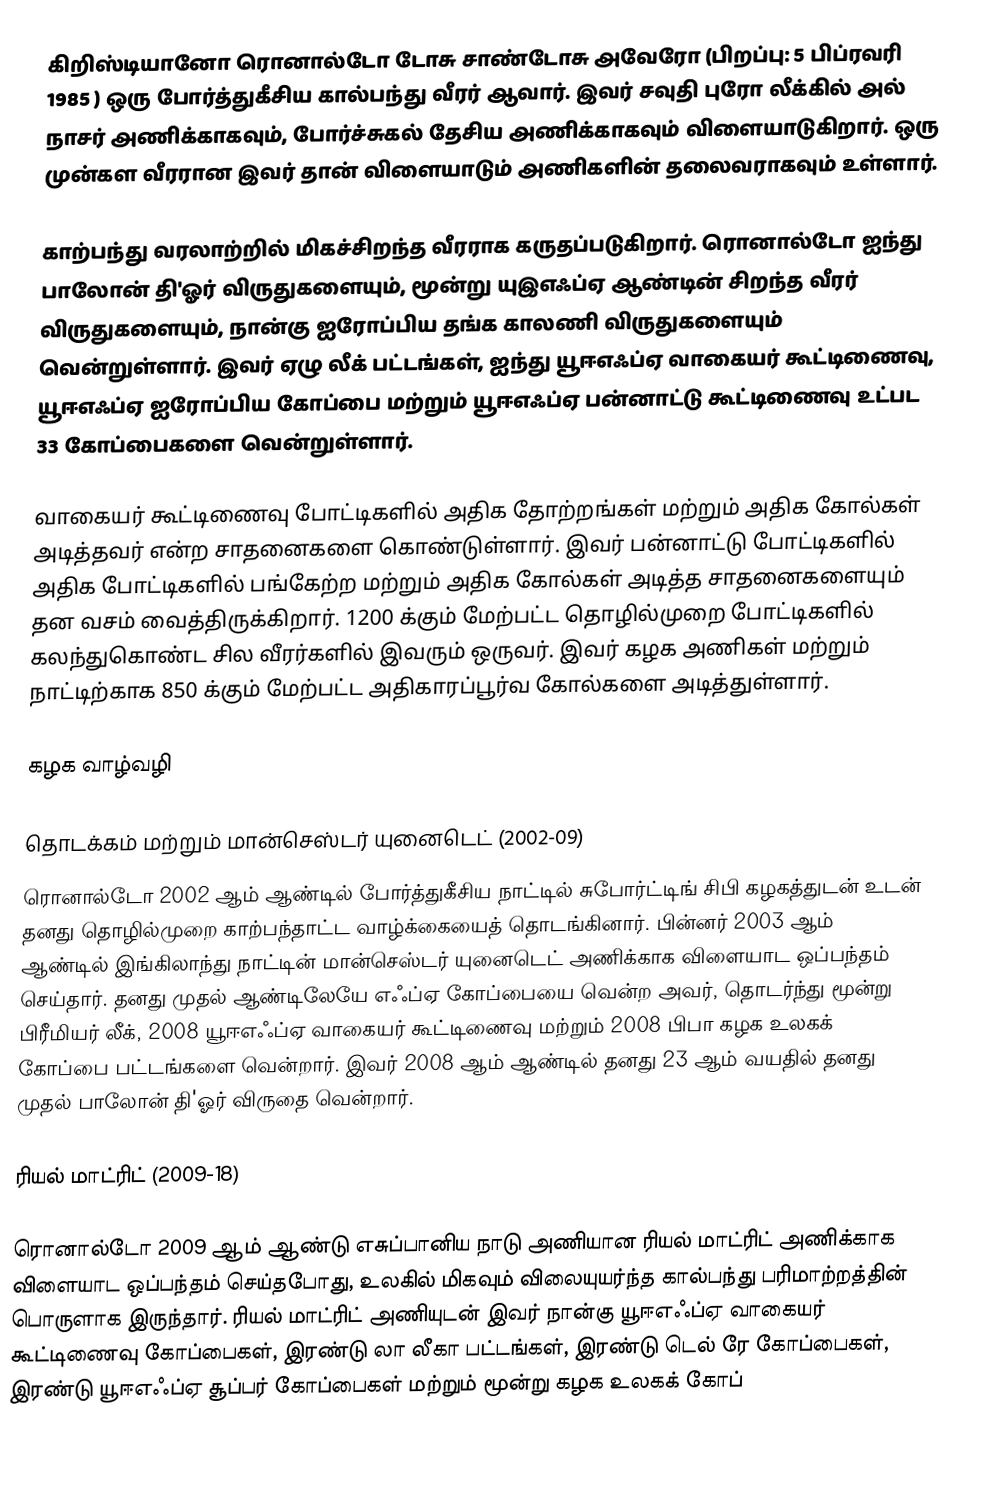
கிறிஸ்டியானோ ரொனால்டோ டோசு சாண்டோசு அவேரோ (பிறப்பு: 5 பிப்ரவரி 1985 ) ஒரு போர்த்துகீசிய கால்பந்து வீரர் ஆவார். இவர் சவுதி புரோ லீக்கில் அல் நாசர் அணிக்காகவும், போர்ச்சுகல் தேசிய அணிக்காகவும் விளையாடுகிறார். ஒரு  முன்கள வீரரான இவர் தான் விளையாடும் அணிகளின் தலைவராகவும் உள்ளார்.

காற்பந்து வரலாற்றில் மிகச்சிறந்த வீரராக  கருதப்படுகிறார். ரொனால்டோ ஐந்து பாலோன் தி'ஓர் விருதுகளையும், மூன்று யுஇஎஃப்ஏ ஆண்டின் சிறந்த வீரர் விருதுகளையும், நான்கு ஐரோப்பிய தங்க காலணி விருதுகளையும் வென்றுள்ளார். இவர் ஏழு லீக் பட்டங்கள், ஐந்து யூஈஎஃப்ஏ வாகையர் கூட்டிணைவு, யூஈஎஃப்ஏ ஐரோப்பிய கோப்பை மற்றும் யூஈஎஃப்ஏ பன்னாட்டு கூட்டிணைவு உட்பட 33 கோப்பைகளை வென்றுள்ளார்.

வாகையர் கூட்டிணைவு போட்டிகளில் அதிக தோற்றங்கள் மற்றும் அதிக கோல்கள் அடித்தவர் என்ற சாதனைகளை கொண்டுள்ளார். இவர் பன்னாட்டு போட்டிகளில் அதிக போட்டிகளில் பங்கேற்ற  மற்றும் அதிக கோல்கள் அடித்த சாதனைகளையும் தன வசம் வைத்திருக்கிறார். 1200 க்கும் மேற்பட்ட தொழில்முறை போட்டிகளில் கலந்துகொண்ட  சில வீரர்களில் இவரும் ஒருவர். இவர் கழக அணிகள் மற்றும் நாட்டிற்காக 850 க்கும் மேற்பட்ட அதிகாரப்பூர்வ கோல்களை அடித்துள்ளார்.

கழக வாழ்வழி

தொடக்கம் மற்றும் மான்செஸ்டர் யுனைடெட் (2002-09)
ரொனால்டோ 2002 ஆம் ஆண்டில் போர்த்துகீசிய நாட்டில் சுபோர்ட்டிங் சிபி கழகத்துடன் உடன் தனது தொழில்முறை காற்பந்தாட்ட வாழ்க்கையைத் தொடங்கினார். பின்னர் 2003 ஆம் ஆண்டில் இங்கிலாந்து நாட்டின் மான்செஸ்டர் யுனைடெட் அணிக்காக விளையாட ஒப்பந்தம் செய்தார். தனது முதல் ஆண்டிலேயே எஃப்ஏ கோப்பையை வென்ற அவர், தொடர்ந்து மூன்று பிரீமியர் லீக், 2008 யூஈஎஃப்ஏ வாகையர் கூட்டிணைவு மற்றும் 2008 பிபா கழக உலகக் கோப்பை பட்டங்களை வென்றார்.  இவர் 2008 ஆம் ஆண்டில் தனது 23 ஆம் வயதில் தனது முதல் பாலோன் தி'ஓர் விருதை வென்றார்.

ரியல் மாட்ரிட் (2009-18)

ரொனால்டோ 2009 ஆம் ஆண்டு எசுப்பானிய நாடு அணியான ரியல் மாட்ரிட் அணிக்காக விளையாட ஒப்பந்தம் செய்தபோது, உலகில் மிகவும் விலையுயர்ந்த கால்பந்து பரிமாற்றத்தின் பொருளாக இருந்தார்.  ரியல் மாட்ரிட் அணியுடன் இவர் நான்கு யூஈஎஃப்ஏ வாகையர் கூட்டிணைவு கோப்பைகள், இரண்டு லா லீகா பட்டங்கள், இரண்டு டெல் ரே கோப்பைகள், இரண்டு யூஈஎஃப்ஏ சூப்பர் கோப்பைகள் மற்றும் மூன்று கழக உலகக் கோப்